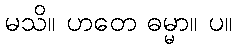
မသိ။ ဟတေ ဓမ္မာ။ ပ။